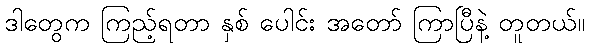
ဒါတွေက ကြည့်ရတာ နှစ် ပေါင်း အတော် ကြာပြီနဲ့ တူတယ်။